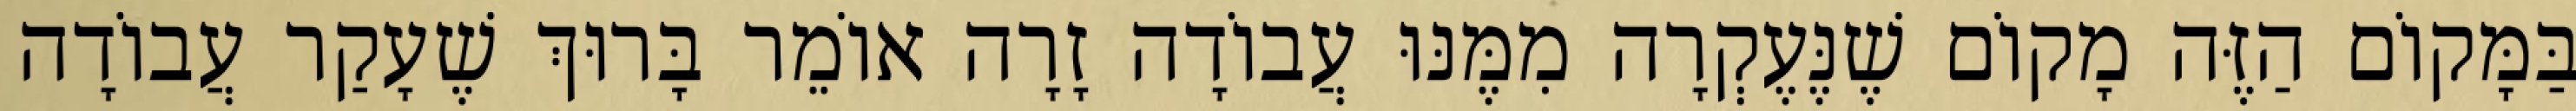
בַּמָּקוֹם הַזֶּה מָקוֹם שֶׁנֶּעֶקְרָה מִמֶּנּוּ עֲבוֹדָה זָרָה אוֹמֵר בָּרוּךְ שֶׁעָקַר עֲבוֹדָה